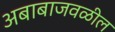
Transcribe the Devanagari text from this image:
अबाबाजवळील